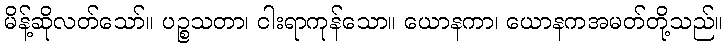
မိန့်ဆိုလတ်သော်။ ပဉ္စသတာ၊ ငါးရာကုန်သော။ ယောနကာ၊ ယောနကအမတ်တို့သည်။